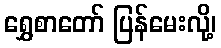
ရွှေစာတော် ပြန်မေးလို့၊